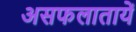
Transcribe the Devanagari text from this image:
असफलातायें